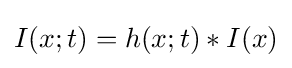
I(x;t)=h(x;t)*I(x)